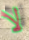
لا